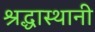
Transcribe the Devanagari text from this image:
श्रद्धास्थानी